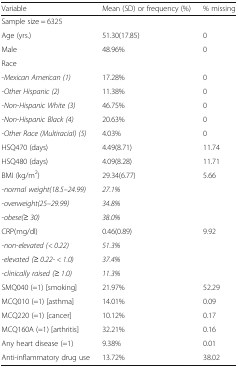
<table><thead><tr><td><b>Variable</b></td><td><b>Mean (SD) or frequency (%)</b></td><td><b>% missing</b></td></tr></thead><tbody><tr><td colspan="3">Sample size = 6325</td></tr><tr><td>Age (yrs.)</td><td>51.30(17.85)</td><td>0</td></tr><tr><td>Male</td><td>48.96%</td><td>0</td></tr><tr><td>Race</td><td></td><td></td></tr><tr><td>-<i>Mexican American (1)</i></td><td>17.28%</td><td>0</td></tr><tr><td><i>-Other Hispanic (2)</i></td><td>11.38%</td><td>0</td></tr><tr><td><i>-Non-Hispanic White (3)</i></td><td>46.75%</td><td>0</td></tr><tr><td><i>-Non-Hispanic Black (4)</i></td><td>20.63%</td><td>0</td></tr><tr><td><i>-Other Race (Multiracial) (5)</i></td><td>4.03%</td><td>0</td></tr><tr><td>HSQ470 (days)</td><td>4.49(8.71)</td><td>11.74</td></tr><tr><td>HSQ480 (days)</td><td>4.09(8.28)</td><td>11.71</td></tr><tr><td>BMI (kg/m<sup>2</sup>)</td><td>29.34(6.77)</td><td>5.66</td></tr><tr><td><i>-normal weight(18.5–24.99)</i></td><td><i>27.1%</i></td><td></td></tr><tr><td><i>-overweight(25–29.99)</i></td><td><i>34.8%</i></td><td></td></tr><tr><td><i>-obese(≥ 30)</i></td><td><i>38.0%</i></td><td></td></tr><tr><td>CRP(mg/dl)</td><td>0.46(0.89)</td><td>9.92</td></tr><tr><td><i>-non-elevated (&lt; 0.22)</i></td><td><i>51.3%</i></td><td></td></tr><tr><td><i>-elevated (≥ 0.22- &lt; 1.0)</i></td><td><i>37.4%</i></td><td></td></tr><tr><td><i>-clinically raised (≥ 1.0)</i></td><td><i>11.3%</i></td><td></td></tr><tr><td>SMQ040 (=1) [smoking]</td><td>21.97%</td><td>52.29</td></tr><tr><td>MCQ010 (=1) [asthma]</td><td>14.01%</td><td>0.09</td></tr><tr><td>MCQ220 (=1) [cancer]</td><td>10.12%</td><td>0.17</td></tr><tr><td>MCQ160A (=1) [arthritis]</td><td>32.21%</td><td>0.16</td></tr><tr><td>Any heart disease (=1)</td><td>9.38%</td><td>0.01</td></tr><tr><td>Anti-inflammatory drug use</td><td>13.72%</td><td>38.02</td></tr></tbody></table>